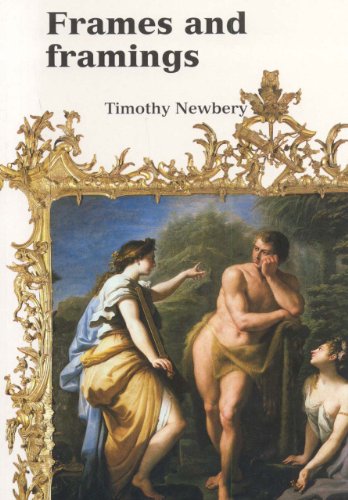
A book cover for Frames & Framing (Ashmolean Handbooks); Tim Newberry; Crafts, Hobbies & Home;